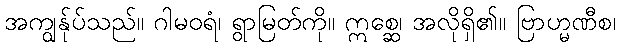
အကျွန်ုပ်သည်။ ဂါမဝရံ၊ ရွာမြတ်ကို။ ဣစ္ဆေ၊ အလိုရှိ၏။ ဗြာဟ္မဏီစ၊